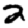
Digit: 2